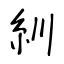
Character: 紃